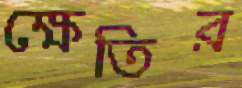
ক্ষেতির